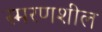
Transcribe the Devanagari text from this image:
स्मरणशील